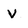
Character: v